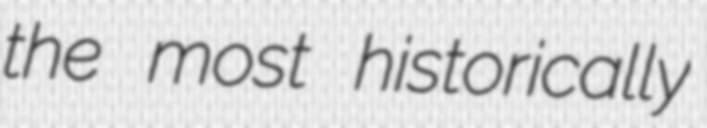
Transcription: the most historically